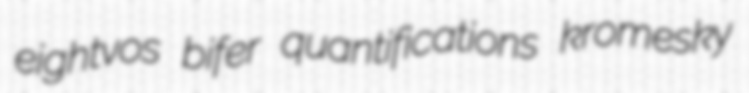
eightvos bifer quantifications kromesky